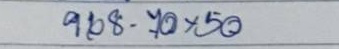
968 - 70 x 50